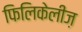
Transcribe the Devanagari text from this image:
फिलिकेलीज़